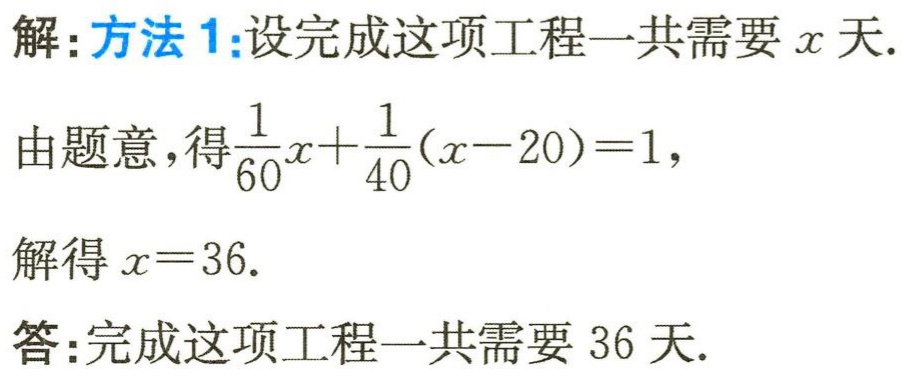
解:方法1:设完成这项工程一共需要\(x\)天.
由题意，得\(\frac{1}{60}x+\frac{1}{40}(x - 20)=1\)，
解得\(x = 36\).
答:完成这项工程一共需要36天.